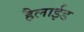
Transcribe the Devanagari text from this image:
हैलाईड